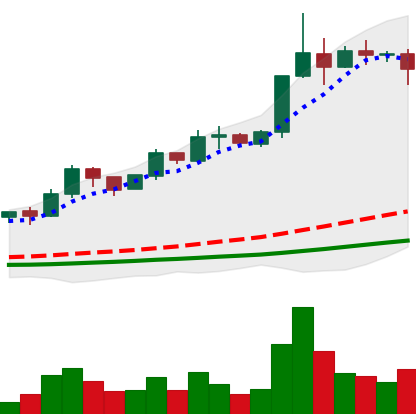
Ticker: ADA-USD
Chart end date: 2019-04-08
Forward return: -3.767%
Label: down_3_5